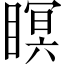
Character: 瞑